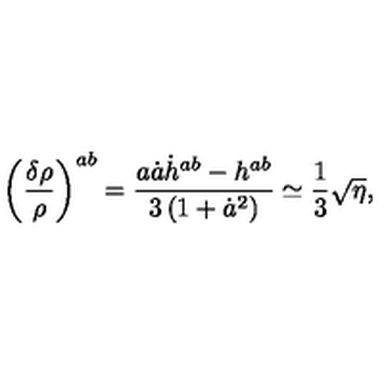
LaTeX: \left( \frac { \delta \rho } { \rho } \right) ^ { a b } = \frac { a \dot { a } \dot { h } ^ { a b } - h ^ { a b } } { 3 \left( 1 + \dot { a } ^ { 2 } \right) } \simeq \frac { 1 } { 3 } \sqrt { \eta } ,